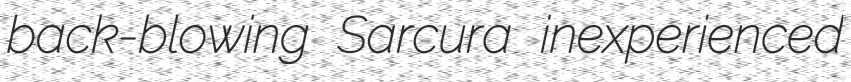
back-blowing Sarcura inexperienced